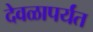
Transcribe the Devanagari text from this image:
देवळापर्यंत